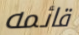
قائمه